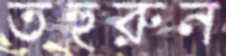
তহুরুন